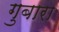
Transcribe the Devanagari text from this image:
गुबारा